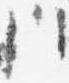
歟